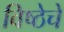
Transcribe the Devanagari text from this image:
विष्ठेचे